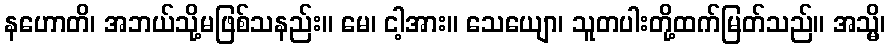
နဟောတိ၊ အဘယ်သို့မဖြစ်သနည်း။ မေ၊ ငါ့အား။ သေယျော၊ သူတပါးတို့ထက်မြတ်သည်။ အသ္မိ၊